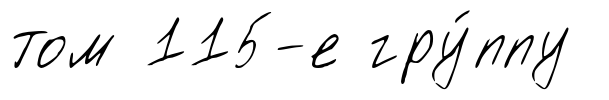
том 115-е гру́ппу